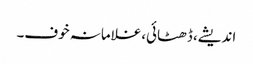
اندیشے، ڈھٹائی،غلامانہ خوف۔